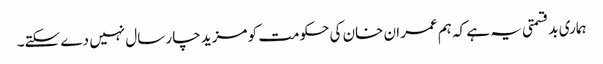
ہماری بدقسمتی یہ ہے کہ ہم عمران خان کی حکومت کو مزید چار سال نہیں دے سکتے۔